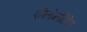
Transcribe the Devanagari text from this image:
एपिलोग्लोटिटिस